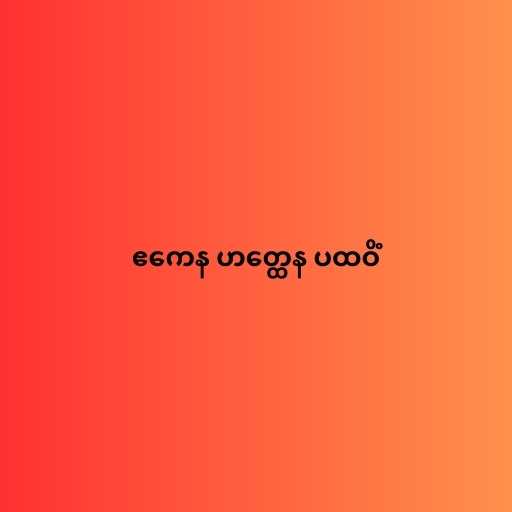
ဧကေန ဟတ္ထေန ပထဝိံ